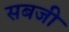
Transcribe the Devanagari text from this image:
सबजी